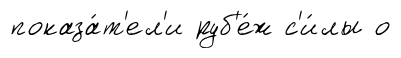
показа́т'ел'и руб'е́ж с'и́лы о